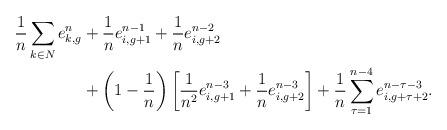
LaTeX: \begin{align*}\frac{1}{n}\sum_{k\in N}e_{k,g}^n&+\frac{1}{n}e^{n-1}_{i,g+1}+\frac{1}{n}e_{i,g+2}^{n-2} \\&+\left(1-\frac{1}{n}\right)\left[\frac{1}{n^2}e_{i,g+1}^{n-3}+\frac{1}{n}e_{i,g+2}^{n-3}\right]+\frac{1}{n}\sum_{\tau=1}^{n-4}e_{i,g+\tau+2}^{n-\tau-3} .\end{align*}